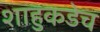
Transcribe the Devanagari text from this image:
शाहुकडेच